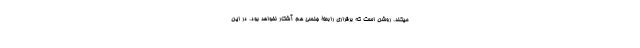
میکند. روشن است که برقراری رابطۀ جنسی هم آشکار نخواهد بود. در این